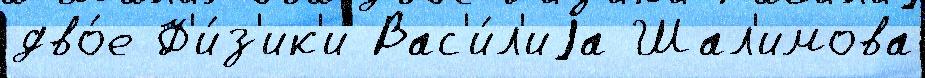
дво́е Ф'и́з'ик'и Вас'и́л'иjа Шал'имова